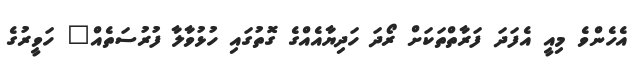
އެހެންވެ މިއީ އެފަދަ ފަރާތްތަކަށް ރޯދަ ހަދިޔާއެއްގެ ގޮތުގައި ހުޅުވާލާ ފުރުސަތެއް" ހަވީރުގެ